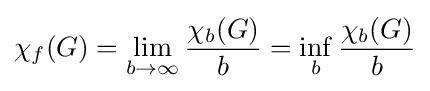
\chi _{f}(G)=\lim _{b\to \infty }{\frac {\chi _{b}(G)}{b}}=\inf _{b}{\frac {\chi _{b}(G)}{b}}